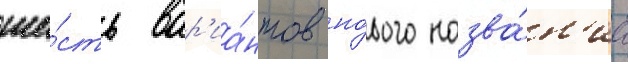
ше́сть вар'иа́нтов но́вого назва́н'иа